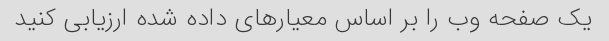
یک صفحه وب را بر اساس معیارهای داده شده ارزیابی کنید